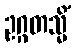
ဥဂ္ဂတသ္မိံ